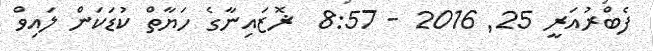
ފެބްރުއަރީ 25